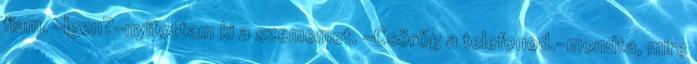
fiam. -Igen?-nyitottam ki a szememet. -Csörög a telefonod.-mondta, mire